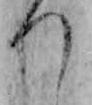
つ